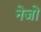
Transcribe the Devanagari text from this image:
नेजों